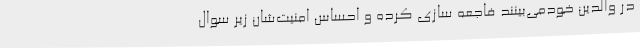
در والدین خودمی‌بینند فاجعه سازی کرده و احساس امنیت‌شان زیر سوال